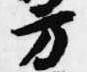
方